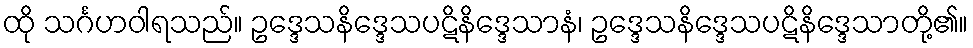
ထို သင်္ဂဟဝါရသည်။ ဥဒ္ဒေသနိဒ္ဒေသပဋိနိဒ္ဒေသာနံ၊ ဥဒ္ဒေသနိဒ္ဒေသပဋိနိဒ္ဒေသာတို့၏။